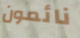
نائمون